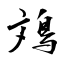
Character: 鳼